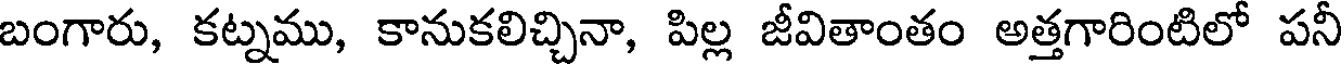
బంగారు, కట్నము, కానుకలిచ్చినా, పిల్ల జీవితాంతం అత్తగారింటిలో పనీ